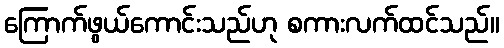
ကြောက်ဖွယ်ကောင်းသည်ဟု စကားလက်ထင်သည်။